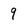
Character: 9